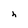
Character: h